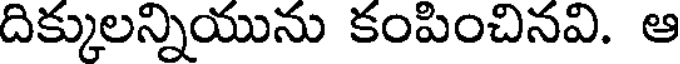
దిక్కులన్నియును కంపించినవి. ఆ